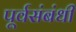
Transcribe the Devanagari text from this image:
पूर्वसंबंधी